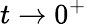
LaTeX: t\to 0^{+}